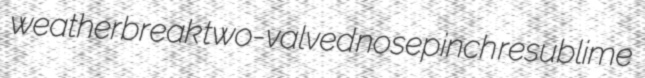
weatherbreak two-valved nosepinch resublime